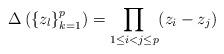
LaTeX: \begin{align*}\Delta\left(\{z_l\}_{k=1}^p\right)=\prod_{1\leq i<j\leq p}(z_i-z_j)\end{align*}